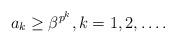
LaTeX: \begin{align*}a_k\ge\beta^{p^k},k=1,2,\dots. \end{align*}